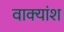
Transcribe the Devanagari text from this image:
वाक्‍यांश